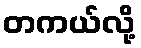
တကယ်လို့